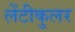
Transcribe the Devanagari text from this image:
लेंटीकुलर